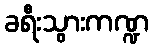
ခရီးသွားကဏ္ဍ